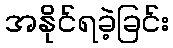
အနိုင်ရခဲ့ခြင်း